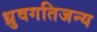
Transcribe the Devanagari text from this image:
ध्रुवगतिजन्य